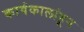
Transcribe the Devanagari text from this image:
कार्यकालांहून